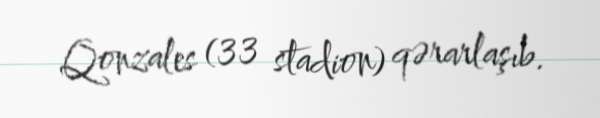
Qonzales (33 stadion) qərarlaşıb.